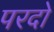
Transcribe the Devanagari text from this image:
परदो